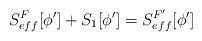
LaTeX: \begin{align*}S_{eff}^F[\phi^\prime ] +S_1[\phi^\prime ] = S_{eff}^{F^\prime}[\phi^\prime]\end{align*}